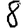
Digit: 8